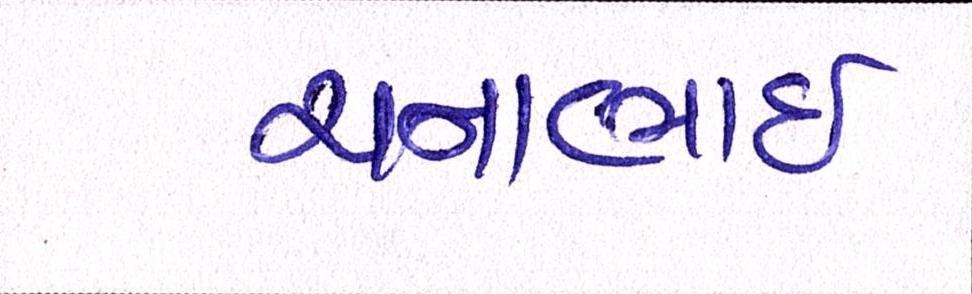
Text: ચનાભાઇ